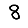
Digit: 8